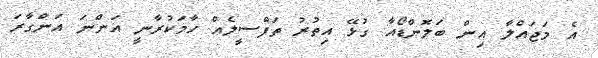
އެ މަޖައްލާ އިން ބަލޮންޑޯއާ ގުޅޭ އިތުރު ތަފްސީލެއް ހާމަކުރާނީ އަންނަ އަންގާރަ